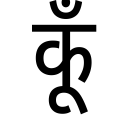
OCR:
कूँ